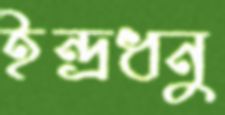
ইন্দ্রধনু